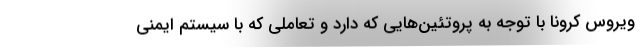
ویروس کرونا با توجه به پروتئین‌هایی که دارد و تعاملی که با سیستم ایمنی